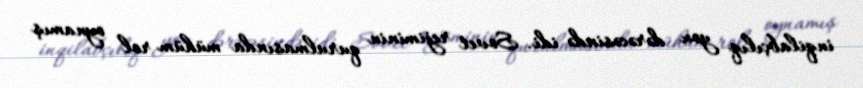
inqilabçılıq yox dərəcəsində idi. Sovet rejiminin qurulmasında mühüm rol oynamış